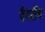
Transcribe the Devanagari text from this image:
वैवलैंथ